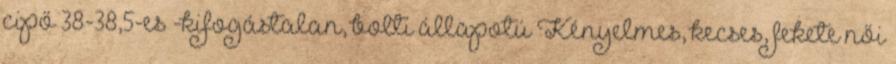
cipő 38-38,5-es -kifogástalan, bolti állapotú Kényelmes, kecses, fekete női